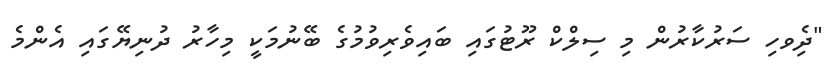
"ދިެވހި ސަރުކާރުން މި ސިލްކް ރޫޓުގައި ބައިވެރިވުމުގެ ބޭނުމަކީ މިހާރު ދުނިޔޭގައި އެންމެ